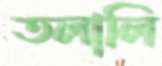
তলালি